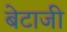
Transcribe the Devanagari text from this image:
बेटाजी